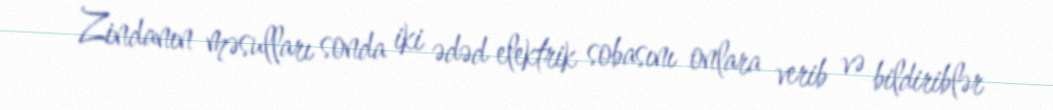
Zindanın məsulları sonda iki ədəd elektrik sobasını onlara verib və bildiriblər